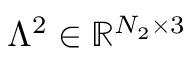
\mathbb { \Lambda } ^ { 2 } \in \mathbb { R } ^ { N _ { 2 } \times 3 }